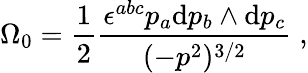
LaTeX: \Omega_{0}=\frac{1}{2}\frac{\epsilon^{abc}p_{a}\mathrm{d}p_{b}\land\mathrm{d}p_{c}}{(-p^{2})^{3/2}}\; ,